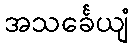
အသင်္ခေယျံ